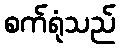
စက်ရုံသည်